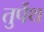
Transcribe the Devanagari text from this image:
तुर्पेथ